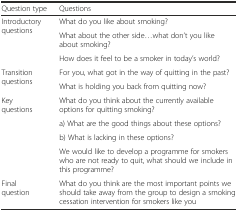
<table><thead><tr><td><b>Question type</b></td><td><b>Questions</b></td></tr></thead><tbody><tr><td rowspan="3">Introductory questions</td><td>What do you like about smoking?</td></tr><tr><td>What about the other side...what don’t you like about smoking?</td></tr><tr><td>How does it feel to be a smoker in today’s world?</td></tr><tr><td rowspan="2">Transition questions</td><td>For you, what got in the way of quitting in the past?</td></tr><tr><td>What is holding you back from quitting now?</td></tr><tr><td rowspan="4">Key questions</td><td>What do you think about the currently available options for quitting smoking?</td></tr><tr><td>a) What are the good things about these options?</td></tr><tr><td>b) What is lacking in these options?</td></tr><tr><td>We would like to develop a programme for smokers who are not ready to quit, what should we include in this programme?</td></tr><tr><td>Final question</td><td>What do you think are the most important points we should take away from the group to design a smoking cessation intervention for smokers like you</td></tr></tbody></table>